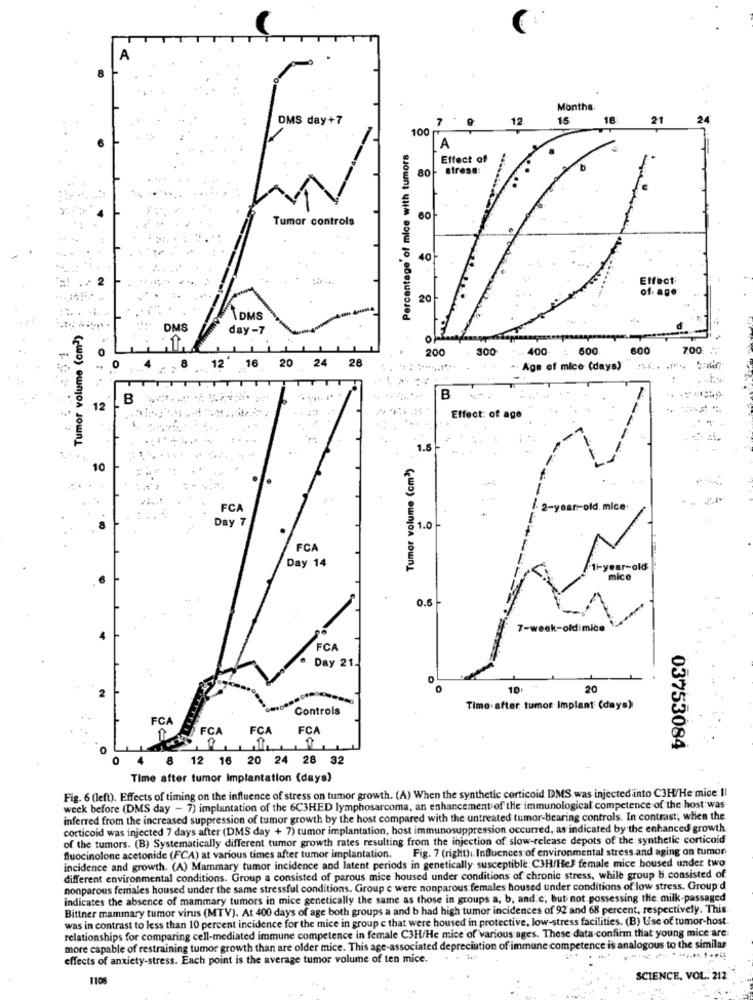
:
Months.
DMS day+7
7
12.
15
18
21
24
100 г
Percentage of mice with tumors
A
Effect of
stress:
80
Tumor controls
60
40
Effect
of- age
20
\DMS
Tumor volume (cm2)
DMS
day -7
200
300
. .. 400. :. 600.
600
7.00 "
12
16
28
20 24
Age of mice (days) ..... ... : )
B
B
12
Effect: of age
1.5
Tumor volume (cm>)
10
FC
/. 2-year-old. mice
Day 7
1.0 -
FCA
Day 14
-old
mico
0.5 -
7-week-oldimice
FCA
Day 21.
10
20
Controls
Time. after tumor Implant (days)
FCA
FCA
FCA
FCA
e
03753084
8 12 16 20 24 28 32
Time after tumor Implantation (days)
Fig. 6 (left). Effects of timing on the influence of stress on tumor growth. (A) When the synthetic corticoid DMS was injected into C3H/He mide Il
week before (DMS day - 7) implantation of the 6C3HED lymphosarcoma, an enhancement of the immunological competence of the host was
inferred from the increased suppression of tumor growth by the host compared with the untreated tumor-bearing controls. In contrast; when the
corticoid was injected 7 days after (DMS day + 7) tumor implantation, host immunosuppression occurred, as indicated by the enhanced growth.
of the tumors. (B) Systematically different tumor growth rates resulting from the injection of slow-release depots of the synthetic corticoid
Fig. 7 (right). Influences of environmental stress and aging on tumon
fluocinolone acetonide (FCA) at various times after tumor implantation.
incidence and growth. (A) Mammary tumor incidence and latent periods in genetically susceptible C3H/Hel female mice boused under two
different environmental conditions. Group a consisted of parous mice housed under conditions of chronic stress, while group b. consisted of
nonparous females housed under the same stressful conditions. Group e were nonparous females housed under conditions of low stress. Group d
indicates the absence of mammary tumors in mice genetically the same as those in groups a, b, and.c, but not possessing the milk-passaged
Bittner mammary tumor virus (MTV). At 400 days of age both groups a and b had high tumor incidences of 92 and 68 percent, respectively. This
was in contrast to less than 10 percent incidence for the mice in group c that were housed in protective, low-stress facilities. (B) Use of tumor-host.
relationships for comparing cell-mediated immune competence in female C3H/He mice of various ages. These data confirm that young mice are
more capable of restraining tumor growth than are older mice. This age-associated depreciation of immune competence is analogous to the similar
effects of anxiety-stress. Each point is the average tumor volume of ten mice.
1108
SCIENCE, VOL. 212